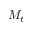
M _ { t }